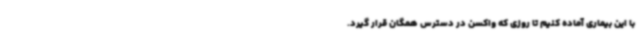
با این بیماری آماده کنیم تا روزی که واکسن در دسترس همگان قرار گیرد.